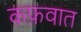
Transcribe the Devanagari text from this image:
कफ़वात